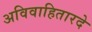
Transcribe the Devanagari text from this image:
अविवाहितारदे